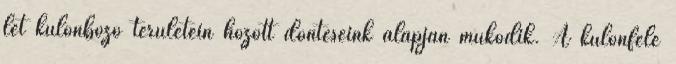
lét különböző területein hozott döntéseink alapján működik. A különféle